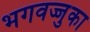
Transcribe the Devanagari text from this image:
भगवज्जुका